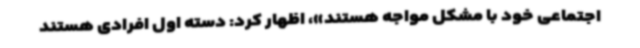
اجتماعی خود با مشکل مواجه هستند»، اظهار کرد: دسته اول افرادی هستند